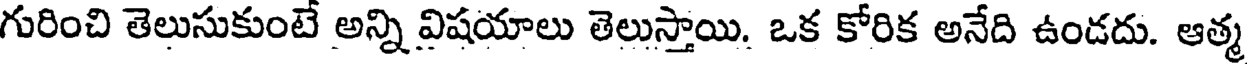
గురించి తెలుసుకుంటే అన్ని విషయాలు తెలుస్తాయి. ఒక కోరిక అనేది ఉండదు. ఆత్మ